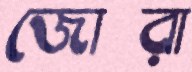
জোরা